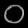
Digit: ၀